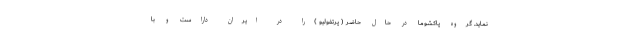
نماید. گروه پاکشوما در حال حاضر ( پرتفولیو )را در ایران داراست و با